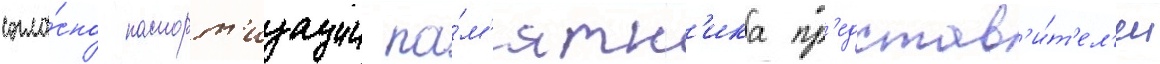
согла́сно паспорт'изации па́м'ятн'ика пр'едстав'и́т'ел'ем